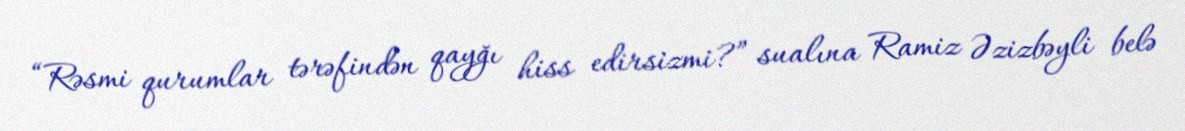
“Rəsmi qurumlar tərəfindən qayğı hiss edirsizmi?” sualına Ramiz Əzizbəyli belə